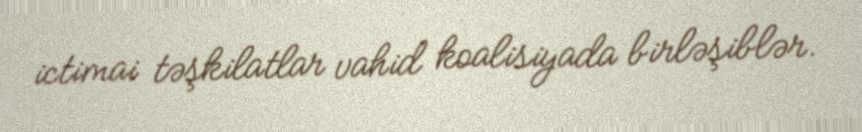
ictimai təşkilatlar vahid koalisiyada birləşiblər.